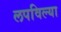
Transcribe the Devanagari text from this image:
लपविल्या